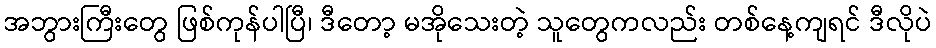
အဘွားကြီးတွေ ဖြစ်ကုန်ပါပြီ၊ ဒီတော့ မအိုသေးတဲ့ သူတွေကလည်း တစ်နေ့ကျရင် ဒီလိုပဲ